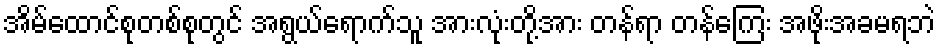
အိမ်ထောင်စုတစ်စုတွင် အရွယ်ရောက်သူ အားလုံးတို့အား တန်ရာ တန်ကြေး အဖိုးအခမရဘဲ